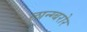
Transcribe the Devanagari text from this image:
लान्ग्बरोर